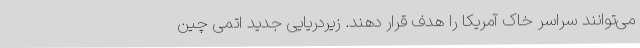
می‌توانند سراسر خاک آمریکا را هدف قرار دهند. زیردریایی جدید اتمی چین